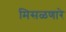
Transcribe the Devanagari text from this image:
मिसळणारे